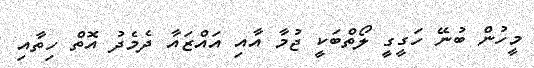
މީހުން ބުނޭ ހަގީގީ ލޯތްބަކީ ޖުމާ އާއި އައްޒައާ ދެމެދު އޮތް ހިތާއި